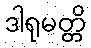
ဒါရုမတ္တိ